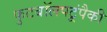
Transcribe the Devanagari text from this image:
फुटबॉलपटूंपैकी